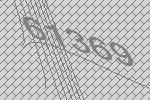
61369